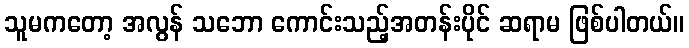
သူမကတော့ အလွန် သဘော ကောင်းသည့်အတန်းပိုင် ဆရာမ ဖြစ်ပါတယ်။